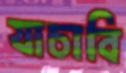
যাচাবি